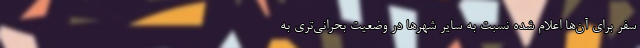
سفر برای آن‌ها اعلام شده نسبت به سایر شهرها در وضعیت بحرانی‌تری به